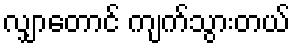
လျှာတောင် ကျက်သွားတယ်